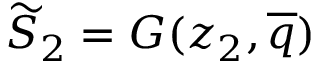
\widetilde { S } _ { 2 } = G ( z _ { 2 } , \overline { { q } } )